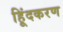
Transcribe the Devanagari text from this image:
हिूंदकरण